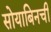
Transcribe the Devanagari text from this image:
सोयाबिनची